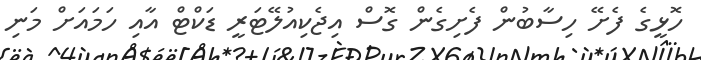
ހޮޅީގެ ފެށޭ ހިސާބުން ފެށިގެން ގޮސް އިޖެކިއުލޭޓަރީ ޑަކްޓް އާއި ހަމައަށް މަނި